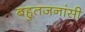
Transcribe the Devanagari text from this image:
बहुतजनांसी